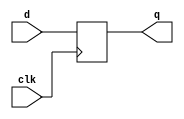
// This program was cloned from: https://github.com/aolofsson/oh
// License: MIT License

//#############################################################################
//# Function: Positive edge-triggered static D-type flop-flop                 #
//# Copyright: OH Project Authors. ALl rights Reserved.                       #
//# License:  MIT (see LICENSE file in OH repository)                         #
//#############################################################################

module asic_dffq #(parameter PROP = "DEFAULT")   (
    input      d,
    input      clk,
    output reg q
    );

   always @ (posedge clk)
     q <= d;

endmodule